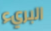
البريء